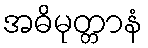
အဓိမုတ္တာနံ